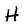
Character: H